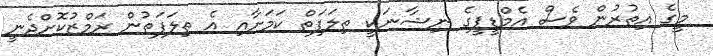
މީގެ އިތުރުން ވެސް އެމްޑީޕީގެ ނިޝާނަކީ ތިލަފަތް ކަމަށާއި އެ ތިލަފަތުން ރަމްޒުކޮށްދެނީ